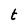
Character: t